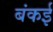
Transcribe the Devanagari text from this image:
बंकई